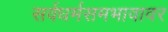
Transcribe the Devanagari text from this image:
सर्वधर्मसमभावावर